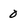
Character: 0